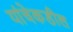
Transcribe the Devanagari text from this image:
यांचेकडील